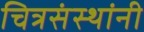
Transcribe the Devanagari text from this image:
चित्रसंस्थांनी